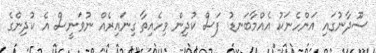
ސޫދާނުގައި އަންހެނަކު އެއްމާބަނޑު ފަސް ކުދިން ވިހެއިތާ ގިނައިރެއް ނުވަނީސް އެ ކުދިންގެ